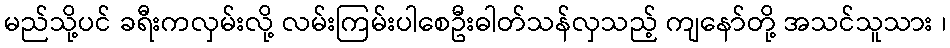
မည်သို့ပင် ခရီးကလှမ်းလို့ လမ်းကြမ်းပါစေဦးဓါတ်သန်လှသည့် ကျနော်တို့ အသင်သူသား ၊